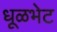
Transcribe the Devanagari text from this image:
धूळभेट